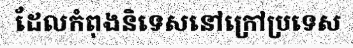
ដែលកំពុងនិទេសនៅក្រៅប្រទេស